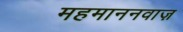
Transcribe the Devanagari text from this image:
महमाननवाज़